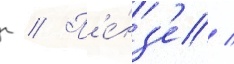
г // П'е́нз'е /